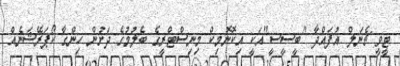
ޓީވީ ޗެނަލް އުފައްދާ "ބީސީސީ"އަކީ އިކޮނޮމިކް މިނިސްޓްރީގެ ބެލުމުގެ ދަށުން ހިންގާ ކޯޕަރޭޝަނެއް